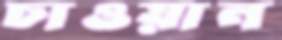
চাওয়ান